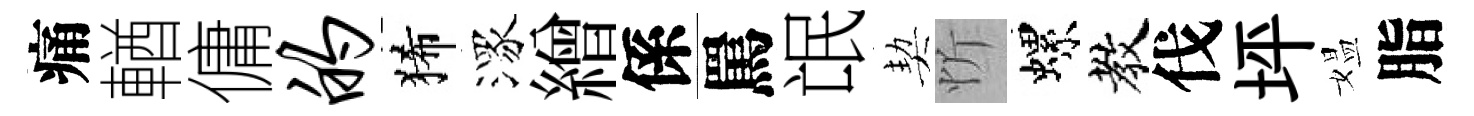
痛輶傭的狶潈繒係罵氓契忻螺教伐坪媪脂